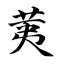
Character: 荑